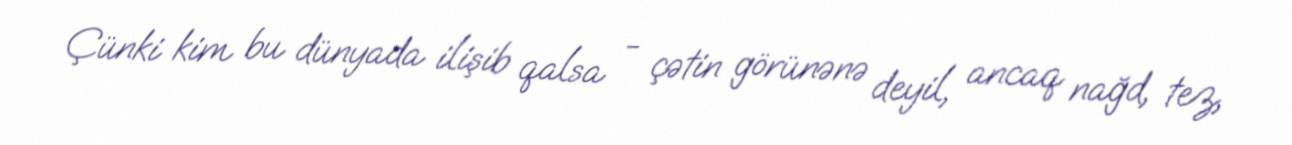
Çünki kim bu dünyada ilişib qalsa - çətin görünənə deyil, ancaq nağd, tez,